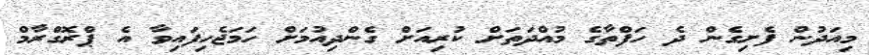
މިއަދުން ފެށިގެން ދެ ހަފްތާގެ މުއްދަތަށް ކުރިއަށް ގެންދިއުމަށް ހަމަޖެހިފައިވާ އެ ޕްރޮގްރާމް